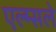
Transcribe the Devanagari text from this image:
एल्म्सले